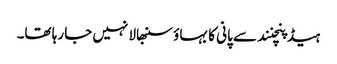
ہیڈ پنچنند سے پانی کا بہاؤ سنبھالا نہیں جا رہا تھا۔